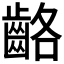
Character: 𪘊